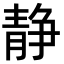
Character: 静